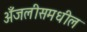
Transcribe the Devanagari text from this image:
अँजलीसमधील